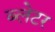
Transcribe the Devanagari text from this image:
ब्लेटर